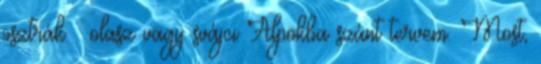
osztrák olasz vagy svájci Alpokba szánt tervem. Most,